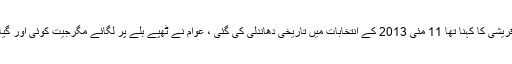
پاکستان تحریک انصاف کے جلسے سے خطاب کرتے ہوئے وائس چیئرمیں شاہ محمود قریشی کا کہنا تھا 11 مئی 2013 کے انتخابات میں تاریخی دھاندلی کی گئی ، عوام نے ٹھپے بلے پر لگائے مگرجیت کوئی اور گیا، ان کا کہنا تھا مگر اب کسی نے دھاندلی کی کوشش کی تو عوام سڑکوں پر نکلیں گے ۔